Lock hospitals Punjab
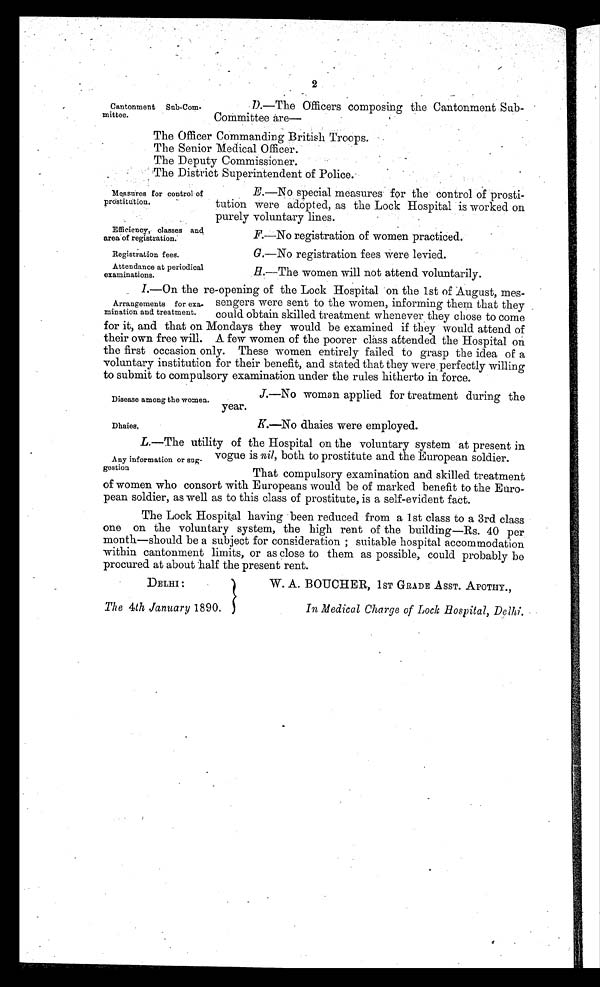
Measures for control of
prostitutio
n.
Efficiency, classes and
area of registration.
Registration fees.
Attendance at periodical
examinations.
Disease among the women.
Dhaies,
2
Cantonment Sub-Com-
mittee.
D.—The Officers composing the Cantonment Sub-
Committee are—
The Officer Commanding British Troops.
The Senior Medical Officer.
The Deputy Commissioner.
The District Superintendent of Police.
E.—No special measures for the control of prosti
-
tution were adopted, as the Lock Hospital is worked on
purely voluntary lines.
F.—No registration of women practiced.
G.—No registration fees were levied.
H.—The women will not attend voluntarily.
I.—On the re-opening of the Lock Hospital on the 1st of August, mes
-sengers were sent to the women, informing them that they
could obtain skilled treatment whenever they chose to come
for it, and that on Mondays they would be examined if they would attend of
their own free will. A few women of the poorer class attended the Hospital on
the first occasion only. These women entirely failed to grasp the idea of a
voluntary institution for their benefit, and stated that they were , perfectly willing
to submit to compulsory examination under the rules hitherto in force.
J.—No woman applied for treatment during the
year.
K.—No dhaies were employed.
L.—The utility of the Hospital on the voluntary system at present in
vogue is nil, both to prostitute and the European soldier.
That compulsory examination and skilled treatment
of women who consort with Europeans would be of marked benefit to the Euro
-pean soldier, as well as to this class of prostitute, is a self-evident fact.
The Lock Hospital having been reduced from a 1st class to a 3rd class
one on the voluntary system, the high rent of the building—Rs. 40 per
month—should be a subject for consideration ; suitable hospital accommodation
within cantonment limits, or as close to them as possible, could probably be
procured at about half the present rent.
Arrangements for exa-
mination and treatment.
Any information or sug-
gestion
DELHI
The 4th January 1890.
W. A. BOUCHER, 1ST GRADE ASST. APOTHY.,
In Medical Charge of Lock Hospital, Delhi.